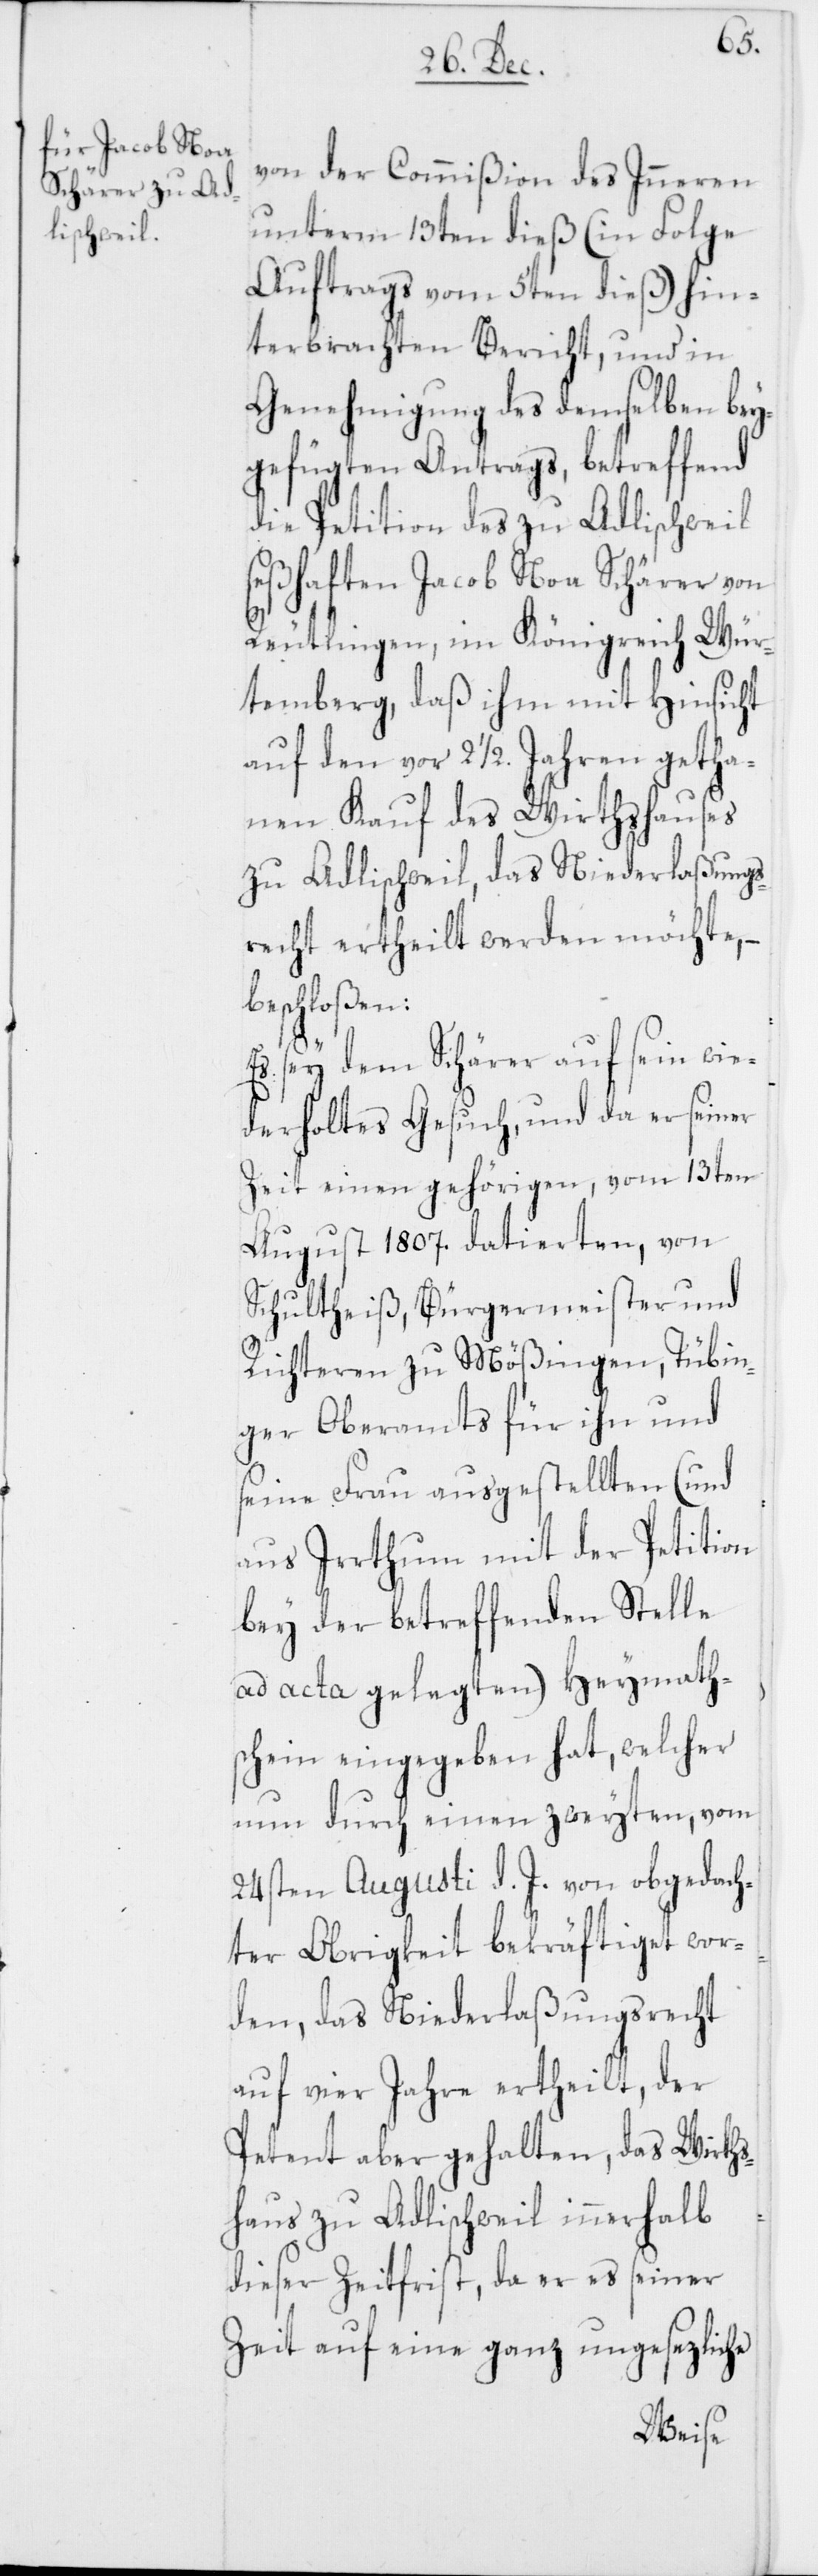
von der Commißion des Inneren
unterm 13ten dieß (in Folge
Auftrags vom 5ten dieß) hin¬
terbrachten Bericht, und in
Genehmigung des demselben bey¬
gefügten Antrags, betreffend
die Petition des zu Adlischweil
seßhaften Jacob Noa Schärer von
Reutlingen im Königreich Wür¬
temberg, daß ihm mit Hinsicht
auf den vor 2 1/2. Jahren getha¬
nen Kauf des Wirtshauses
zu Adlischweil, das Niederlaßungs¬
recht ertheilt werden möchte, –
beschloßen:
Es sey dem Schärer auf seyn wie¬
derholtes Gesuch, und da er seiner
Zeit einen gehörigen, vom 13ten
August 1807. datierten, von
Schultheiß, Bürgermeister und
Richteren zu Mößingen, Tübin¬
ger Oberamts, für ihn und
seine Frau ausgestellten (und
aus Irrthum mit der Petition
bey der betreffenden Stelle
ad acta gelegten) Heymath¬
schein eingegeben hat, welcher
nun durch einen zweyten, vom
24sten Augusti d. J. von obegdach¬
ter Obrigkeit bekräftiget wor¬
den, das Niederlaßungsrecht
auf vier Jahre ertheilt, der
Petent aber gehalten, das Wirts¬
haus zu Adlischweil innerhalb
dieser Zeitfrist, da er es seiner
Zeit auf eine ganz ungesezliche